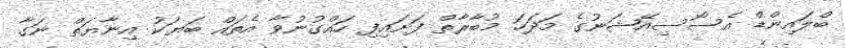
ބްލައިންޑް އެސޯސިއޭޝަނުގެ މަދަހަ މުބާރާތް ފަށައިފި ހައްގުނުވާ އެތައް ބަޔަކު އިނާޔަތް ނަގާ